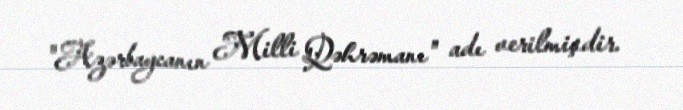
"Azərbaycanın Milli Qəhrəmanı" adı verilmişdir.